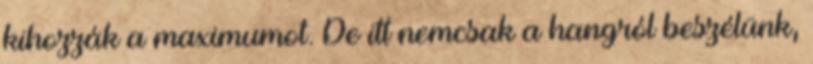
kihozzák a maximumot. De itt nemcsak a hangról beszélünk,